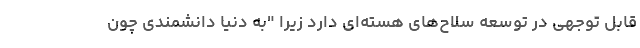
قابل توجهی در توسعه سلاح‌های هسته‌ای دارد زیرا "به دنیا دانشمندی چون